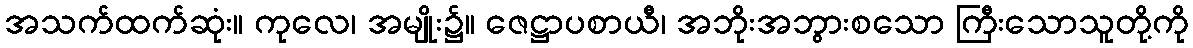
အသက်ထက်ဆုံး။ ကုလေ၊ အမျိုး၌။ ဇေဋ္ဌာပစာယီ၊ အဘိုးအဘွားစသော ကြီးသောသူတို့ကို